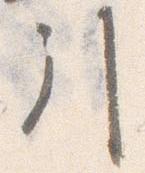
引